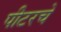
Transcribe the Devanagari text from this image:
पीटरचे